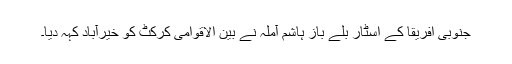
جنوبی افریقا کے اسٹار بلے باز ہاشم آملہ نے بین الاقوامی کرکٹ کو خیرآباد کہہ دیا۔